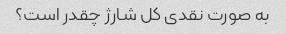
به صورت نقدی کل شارژ چقدر است؟